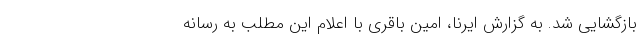
بازگشایی شد. به گزارش ایرنا، امین باقری با اعلام این مطلب به رسانه